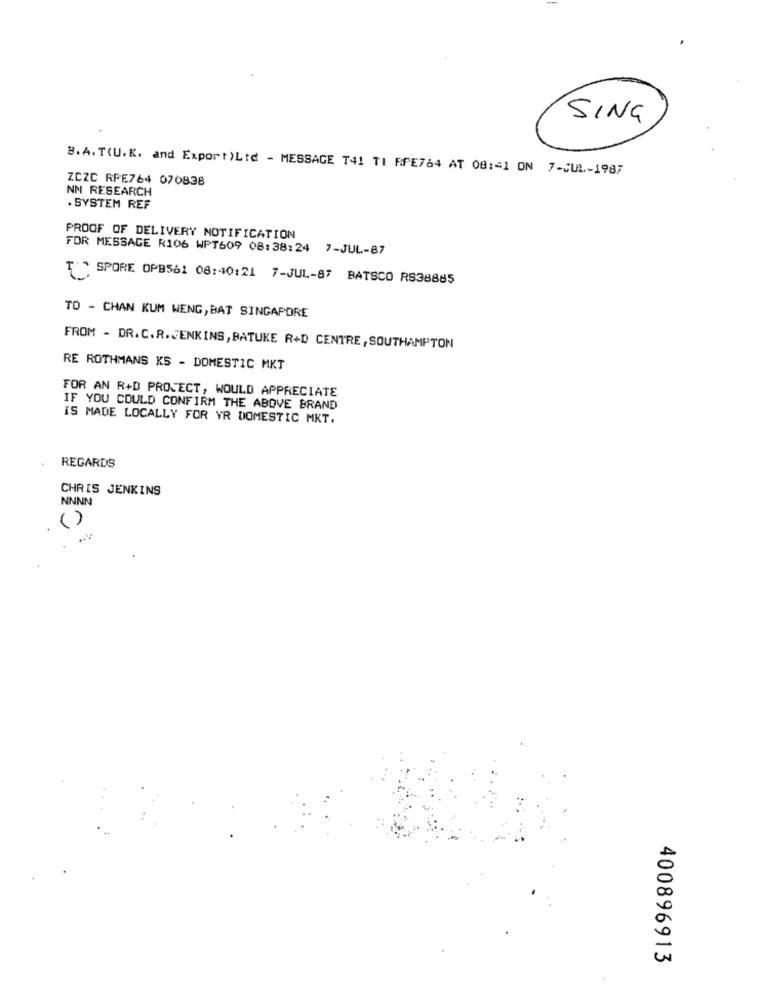
SING
B.A. T(U.K. and Export)Ltd - MESSAGE T41 TI RPE764 AT 08:41 ON 7-JUL-1987
ZCZC RPE764 070838
NN RESEARCH
. SYSTEM REF
PROOF OF DELIVERY NOTIFICATION
FOR MESSAGE R106 WPT609 08:38:24 7-JUL-87
["" SPORE OPB561 08:40:21 7-JUL-87 BATSCO RS38885
TO - CHAN KUM WENG, BAT SINGAPORE
FROM - DR. C.R.JENKINS, BATUKE R+D CENTRE, SOUTHAMPTON
RE ROTHMANS KS - DOMESTIC MKT
FOR AN R+D PROJECT, WOULD APPRECIATE
IF YOU COULD CONFIRM THE ABOVE BRAND
IS MADE LOCALLY FOR YR DOMESTIC MKT.
REGARDS
CHRIS JENKINS
NNNN
( )
400896913